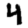
Digit: 4